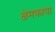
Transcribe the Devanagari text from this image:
क्षेमकाया